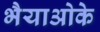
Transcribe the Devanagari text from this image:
भैयाओके